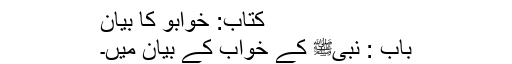
کتاب: خوابوؑ کا بیان
باب : نبیﷺ کے خواب کے بیان میں۔